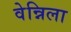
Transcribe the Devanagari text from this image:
वेन्निला